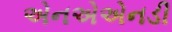
એનએએનડી